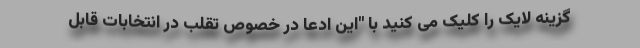
گزینه لایک را کلیک می کنید با "این ادعا در خصوص تقلب در انتخابات قابل